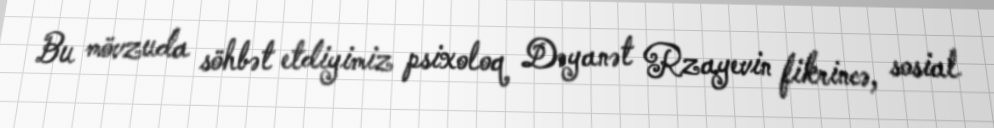
Bu mövzuda söhbət etdiyimiz psixoloq Dəyanət Rzayevin fikrincə, sosial